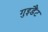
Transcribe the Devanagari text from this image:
गुइडैंट